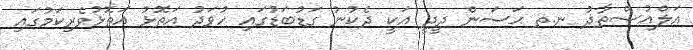
އަލްއުސްތާޛު ނ.ތ ޙަސަން ދީދީ އަކީ ދެކުނު ގަޑުބަޑުގައި ހުވަދު އަތޮޅު އަތޮޅުވެރިކަމުގައި